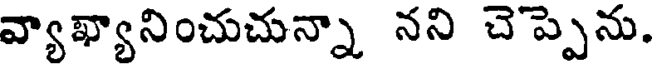
వ్యాఖ్యానించుచున్నా నని చెప్పెను.